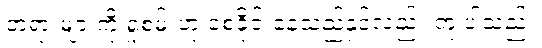
တရားများကို ရှုစမ်းဟု စေခိုင်းနေသည်နှင့်လည်း တူ ပါသည်။